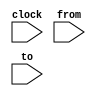
// Lucky Seven puzzle with just one initial state.
//
// The entries of the matrix are numbered thus:
//
//       1--0--7
//      /   |   \
//     2    |    6
//      \   |   /
//       3--4--5
//

module luckySeven(clock,from,to);
    input       clock;
    input [2:0] from;
    input [2:0] to;

    reg [2:0] 	b[0:7];
    reg [2:0] 	freg, treg;
    wire 	valid, parity, permutation;

    // The initial states include illegal configurations, that is,
    // configurations that are not permutations of (0,...,7).  We use the
    // "permutation" predicate in the properties to restrict considetation
    // to legal initial states.
    initial begin
	b[0] = 0;
	b[1] = 1;
	b[2] = 2;
	b[3] = 3;
	b[4] = 4;
	b[5] = 5;
	b[6] = 6;
	b[7] = 7;
	treg = 0;
	freg = 0;
    end

    // We latch the inputs so that we can refer to them in properties.
    // In particular, we could not refer to "valid" in properties without
    // these latches.
    always @ (posedge clock) begin
	freg = from;
	treg = to;
    end

    always @ (posedge clock) begin
	if (valid) begin
	    b[treg] = b[freg];
	    b[freg] = 0;
	end
    end
    
    // This predicate is true of the valid moves, that is, of moves that
    // swap the empty cell with one of its neighbors.
    assign valid = (b[treg] == 3'b000) &&
		   (treg==(freg+4'b1) || freg==(treg+4'b1) ||
		    (treg[1:0]==0 && freg[1:0]==0 && freg[2]!=treg[2]));

    // This predicate is true of all board contents that represent a
    // permutation of (0,...,7).  As it is formulated, it seems to require
    // only that the sixteen numbers be different, but since these
    // numbers are on three bits, thy must be {0,...,7}.
    assign permutation = b[0]!=b[1] && b[0]!=b[2] && b[0]!=b[3] &&
	   b[0]!=b[4] && b[0]!=b[5] && b[0]!=b[6] && b[0]!=b[7] &&
	   b[1]!=b[2] && b[1]!=b[3] && b[1]!=b[4] && b[1]!=b[5] &&
	   b[1]!=b[6] && b[1]!=b[7] && b[2]!=b[3] && b[2]!=b[4] &&
	   b[2]!=b[5] && b[2]!=b[6] && b[2]!=b[7] && b[3]!=b[4] &&
	   b[3]!=b[5] && b[3]!=b[6] && b[3]!=b[7] && b[4]!=b[5] &&
	   b[4]!=b[6] && b[4]!=b[7] && b[5]!=b[6] && b[5]!=b[7] &&
	   b[6]!=b[7];

endmodule // twoByFour